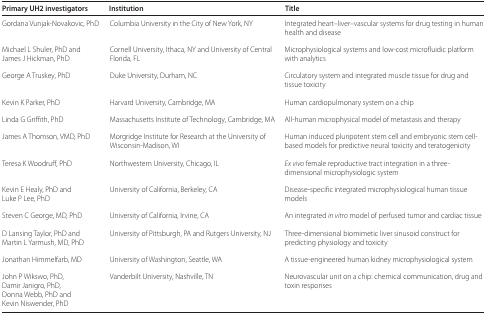
| Primary UH2 investigators | Institution | Title |
 | --- | --- | --- |
 | Gordana Vunjak-Novakovic, PhD | Columbia University in the City of New York, NY | Integrated heart-liver-vascular systems for drug testing in human health and disease |
 | Michael L Shuler, PhD and James J Hickman, PhD | Cornell University, Ithaca, NY and University of Central Florida, FL | Microphysiological systems and low-cost microfluidic platform with analytics |
 | George A Truskey, PhD | Duke University, Durham, NC | Circulatory system and integrated muscle tissue for drug and tissue toxicity |
 | Kevin K Parker, PhD | Harvard University, Cambridge, MA | Human cardiopulmonary system on a chip |
 | Linda G Griffith, PhD | Massachusetts Institute of Technology, Cambridge, MA | All-human microphysical model of metastasis and therapy |
 | James A Thomson, VMD, PhD | Morgridge Institute for Research at the University of Wisconsin-Madison, WI | Human induced pluripotent stem cell and embryonic stem cell-based models for predictive neural toxicity and teratogenicity |
 | Teresa K Woodruff, PhD | Northwestern University, Chicago, IL | Ex vivo female reproductive tract integration in a three-dimensional microphysiologic system |
 | Kevin E Healy, PhD and Luke P Lee, PhD | University of California, Berkeley, CA | Disease-specific integrated microphysiological human tissue models |
 | Steven C George, MD, PhD | University of California, Irvine, CA | An integrated in vitro model of perfused tumor and cardiac tissue |
 | D Lansing Taylor, PhD and Martin L Yarmush, MD, PhD | University of Pittsburgh, PA and Rutgers University, NJ | Three-dimensional biomimetic liver sinusoid construct for predicting physiology and toxicity |
 | Jonathan Himmelfarb, MD | University of Washington, Seattle, WA | A tissue-engineered human kidney microphysiological system |
 | John P Wikswo, PhD, Damir Janigro, PhD, Donna Webb, PhD and Kevin Niswender, PhD | Vanderbilt University, Nashville, TN | Neurovascular unit on a chip: chemical communication, drug and toxin responses |